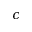
c